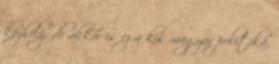
közhely, de akkor is ez a kis magyar politika.